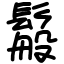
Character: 䰉